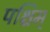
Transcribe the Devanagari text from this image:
पश्चिम्